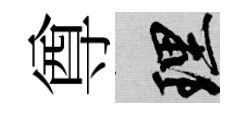
尊理